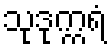
သုဒုက္ကရံ